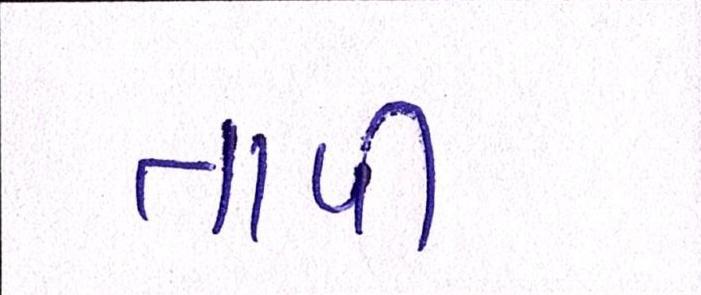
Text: તાપી